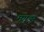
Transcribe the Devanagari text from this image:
मगुड्म